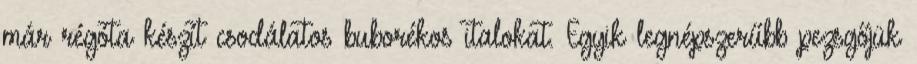
már régóta készít csodálatos buborékos italokat. Egyik legnépszerűbb pezsgőjük